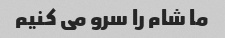
ما شام را سرو می کنیم